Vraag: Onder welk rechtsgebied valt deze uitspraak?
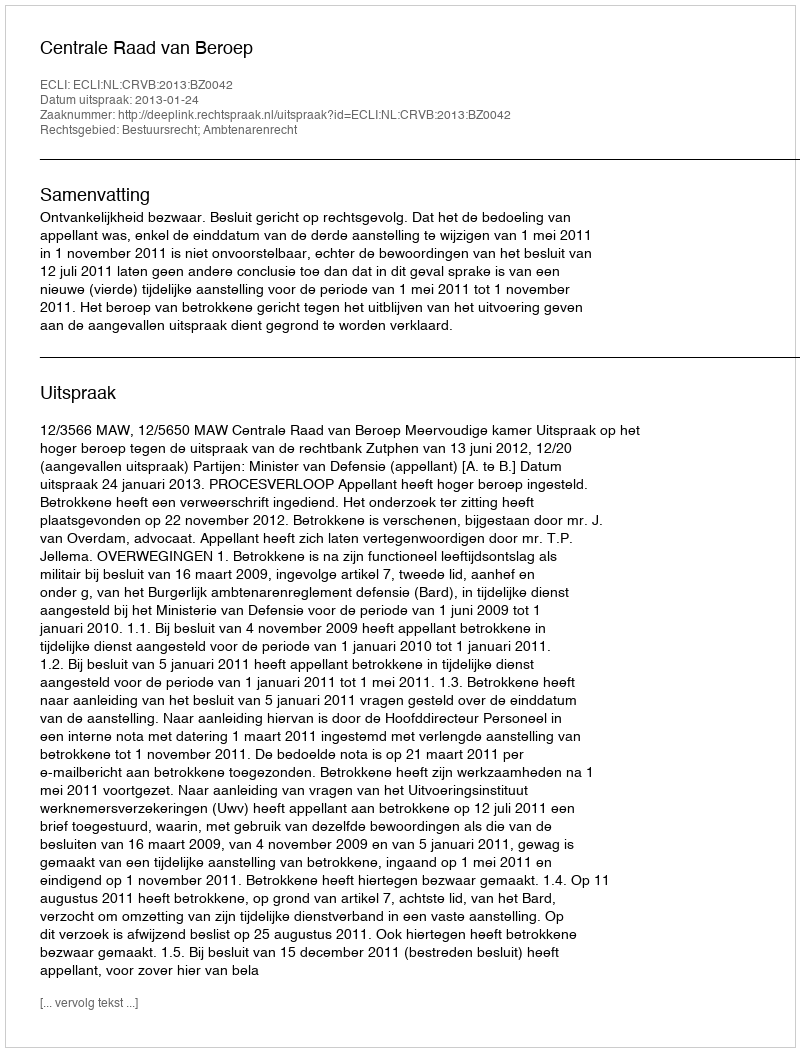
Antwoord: Bestuursrecht; Ambtenarenrecht